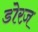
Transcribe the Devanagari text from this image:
डोरज़